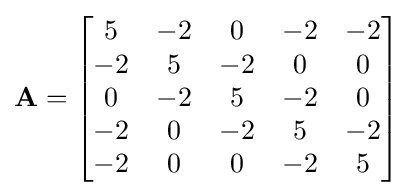
\mathbf {A} ={\begin{bmatrix}5&-2&0&-2&-2\\-2&5&-2&0&0\\0&-2&5&-2&0\\-2&0&-2&5&-2\\-2&0&0&-2&5\\\end{bmatrix}}